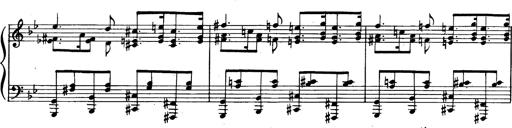
Title: Trauervorspiel und Trauermarsch
Composer: Franz Liszt